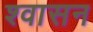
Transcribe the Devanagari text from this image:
श्वासन